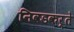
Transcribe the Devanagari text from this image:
निवडकर्ते